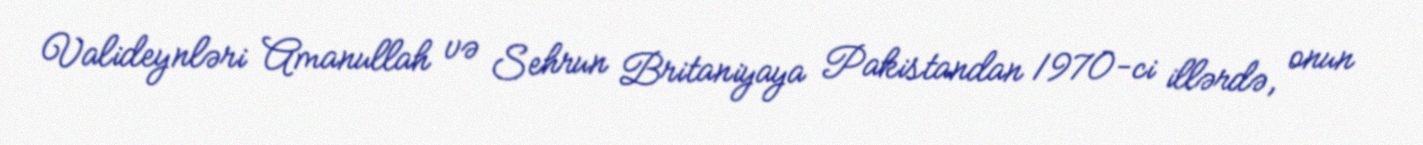
Valideynləri Amanullah və Sehrun Britaniyaya Pakistandan 1970-ci illərdə, onun